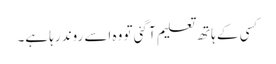
کسی کے ہاتھ تعلیم آ گئی تو وہ اسے روند رہا ہے۔